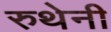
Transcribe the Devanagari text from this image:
रुथेनी